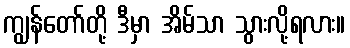
ကျွန်တော်တို့ ဒီမှာ အိမ်သာ သွားလို့ရလား။